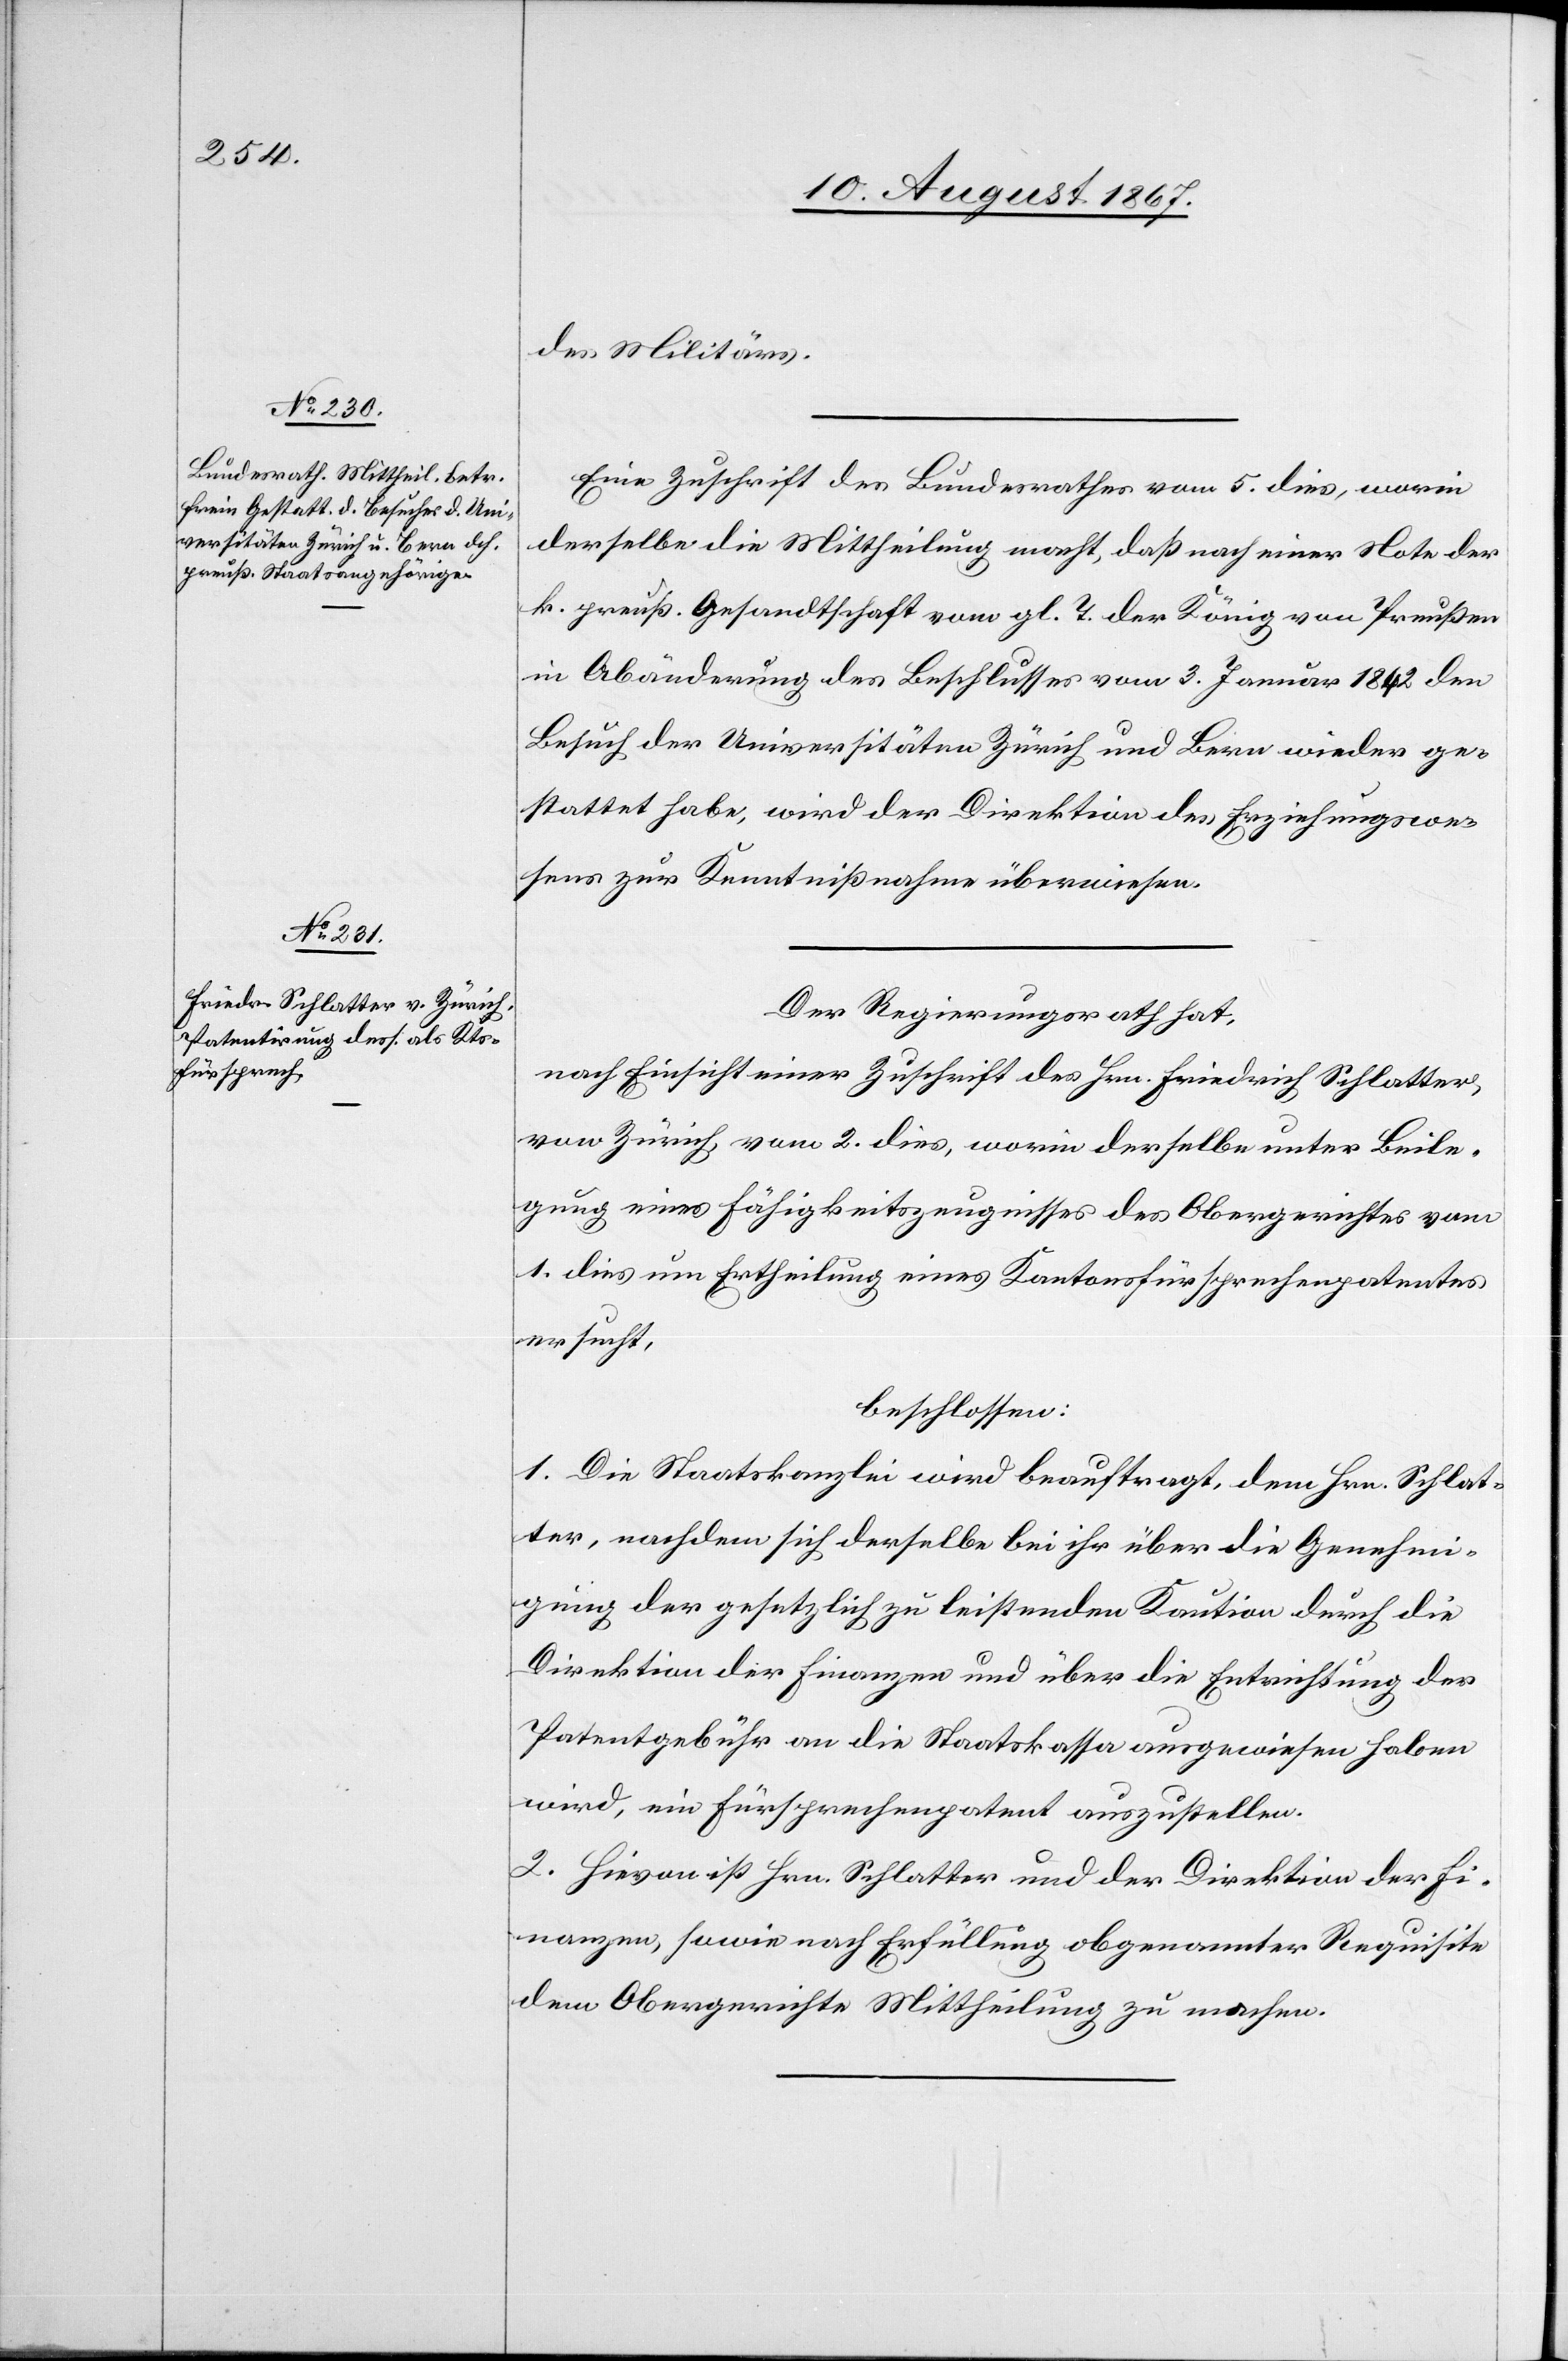
des Militärs.
Eine Zuschrift des Bundesrathes vom 5. dies, worin
derselbe die Mittheilung macht, daß nach einer Note der
k. preuß. Gesandtschaft vom gl. T. der König von Preußen
in Abänderung des Beschlusses vom 3. Januar 1842 den
Besuch der Universitäten Zürich und Bern wieder ge¬
stattet habe, wird der Direktion des Erziehungswe¬
sens zur Kenntnißnahme überwiesen.
Der Regierungsrath hat,
nach Einsicht einer Zuschrift des Hrn. Friedrich Schlatter,
von Zürich vom 2. dies, worin derselbe unter Beile¬
gung eines Fähigkeitszeugnisses des Obergerichtes vom
1. dies um Ertheilung eines Kantonsfürsprechenpatentes
ersucht,
beschlossen:
1. Die Staatskanzlei wird beauftragt, dem Hrn. Schlat¬
ter, nachdem sich derselbe bei ihr über die Genehmi¬
gung der gesetzlich zu leistenden Kaution durch die
Direktion der Finanzen und über die Entrichtung der
Patentgebühr an die Staatskassa ausgewiesen haben
wird, ein Fürsprechenpatent auszustellen.
2. Hievon ist Hrn. Schlatter und der Direktion der Fi¬
nanzen, sowie nach Erfüllung obgenannter Requisite
dem Obergerichte Mittheilung zu machen.